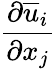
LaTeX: \frac{\partial\overline{{u}}_{i}}{\partial x_{j}}